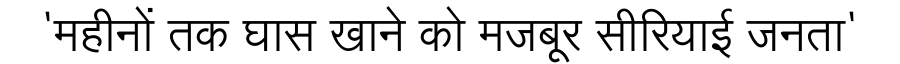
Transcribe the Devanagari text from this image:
'महीनों तक घास खाने को मजबूर सीरियाई जनता'